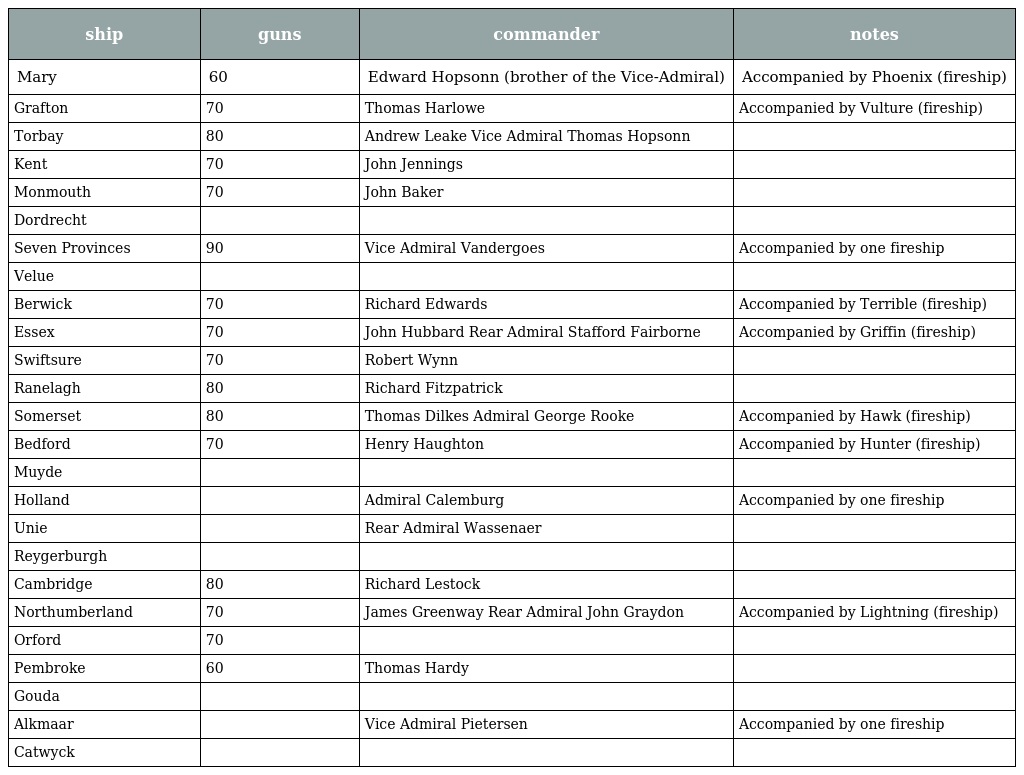
| ship | guns | commander | notes |
 | --- | --- | --- | --- |
 | Mary | 60 | Edward Hopsonn (brother of the Vice-Admiral) | Accompanied by Phoenix (fireship) |
 | Grafton | 70 | Thomas Harlowe | Accompanied by Vulture (fireship) |
 | Torbay | 80 | Andrew Leake Vice Admiral Thomas Hopsonn |  |
 | Kent | 70 | John Jennings |  |
 | Monmouth | 70 | John Baker |  |
 | Dordrecht |  |  |  |
 | Seven Provinces | 90 | Vice Admiral Vandergoes | Accompanied by one fireship |
 | Velue |  |  |  |
 | Berwick | 70 | Richard Edwards | Accompanied by Terrible (fireship) |
 | Essex | 70 | John Hubbard Rear Admiral Stafford Fairborne | Accompanied by Griffin (fireship) |
 | Swiftsure | 70 | Robert Wynn |  |
 | Ranelagh | 80 | Richard Fitzpatrick |  |
 | Somerset | 80 | Thomas Dilkes Admiral George Rooke | Accompanied by Hawk (fireship) |
 | Bedford | 70 | Henry Haughton | Accompanied by Hunter (fireship) |
 | Muyde |  |  |  |
 | Holland |  | Admiral Calemburg | Accompanied by one fireship |
 | Unie |  | Rear Admiral Wassenaer |  |
 | Reygerburgh |  |  |  |
 | Cambridge | 80 | Richard Lestock |  |
 | Northumberland | 70 | James Greenway Rear Admiral John Graydon | Accompanied by Lightning (fireship) |
 | Orford | 70 |  |  |
 | Pembroke | 60 | Thomas Hardy |  |
 | Gouda |  |  |  |
 | Alkmaar |  | Vice Admiral Pietersen | Accompanied by one fireship |
 | Catwyck |  |  |  |